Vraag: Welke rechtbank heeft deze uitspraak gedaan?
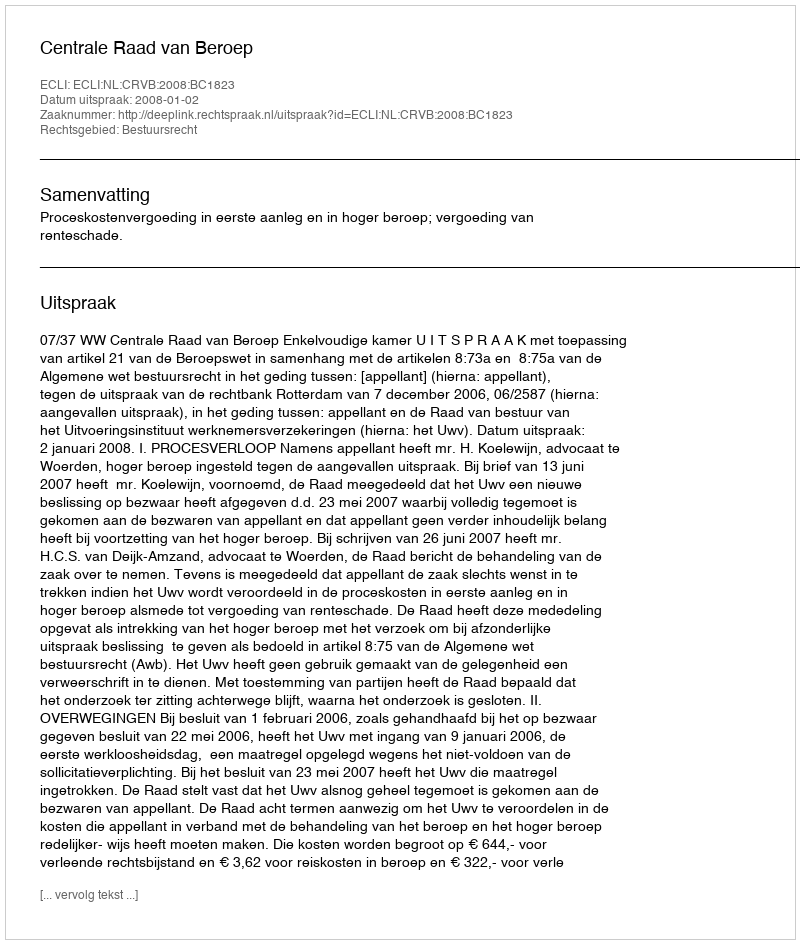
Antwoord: Centrale Raad van Beroep